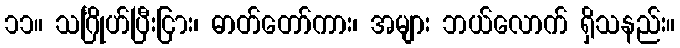
၁၁။ သင်္ဂြိုဟ်ပြီးငြား၊ ဓာတ်တော်ကား၊ အများ ဘယ်လောက် ရှိသနည်း။